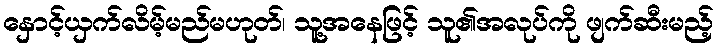
နှောင့်ယှက်လိမ့်မည်မဟုတ်၊ သူ့အနေဖြင့် သူ၏အလုပ်ကို ဖျက်ဆီးမည့်